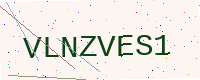
Text: VLNZVES1